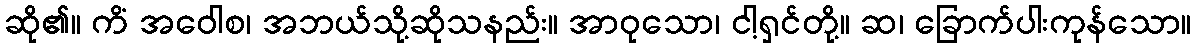
ဆို၏။ ကိံ အဝေါစ၊ အဘယ်သို့ဆိုသနည်း။ အာဝုသော၊ ငါ့ရှင်တို့။ ဆ၊ ခြောက်ပါးကုန်သော။